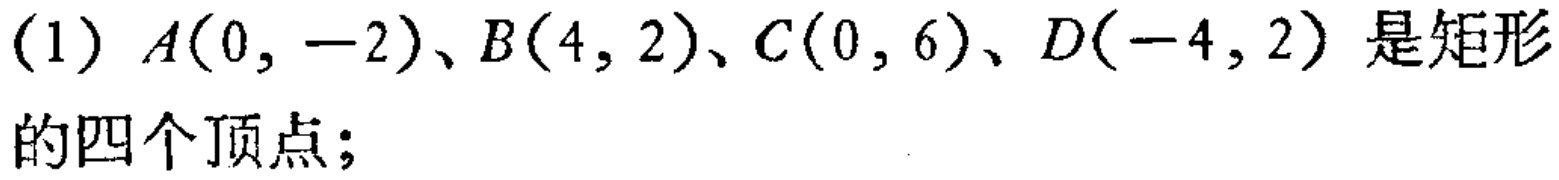
(1) \(A(0, -2)\)、\(B(4, 2)\)、\(C(0, 6)\)、\(D(-4, 2)\) 是矩形的四个顶点；